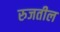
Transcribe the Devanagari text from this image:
रुजतील